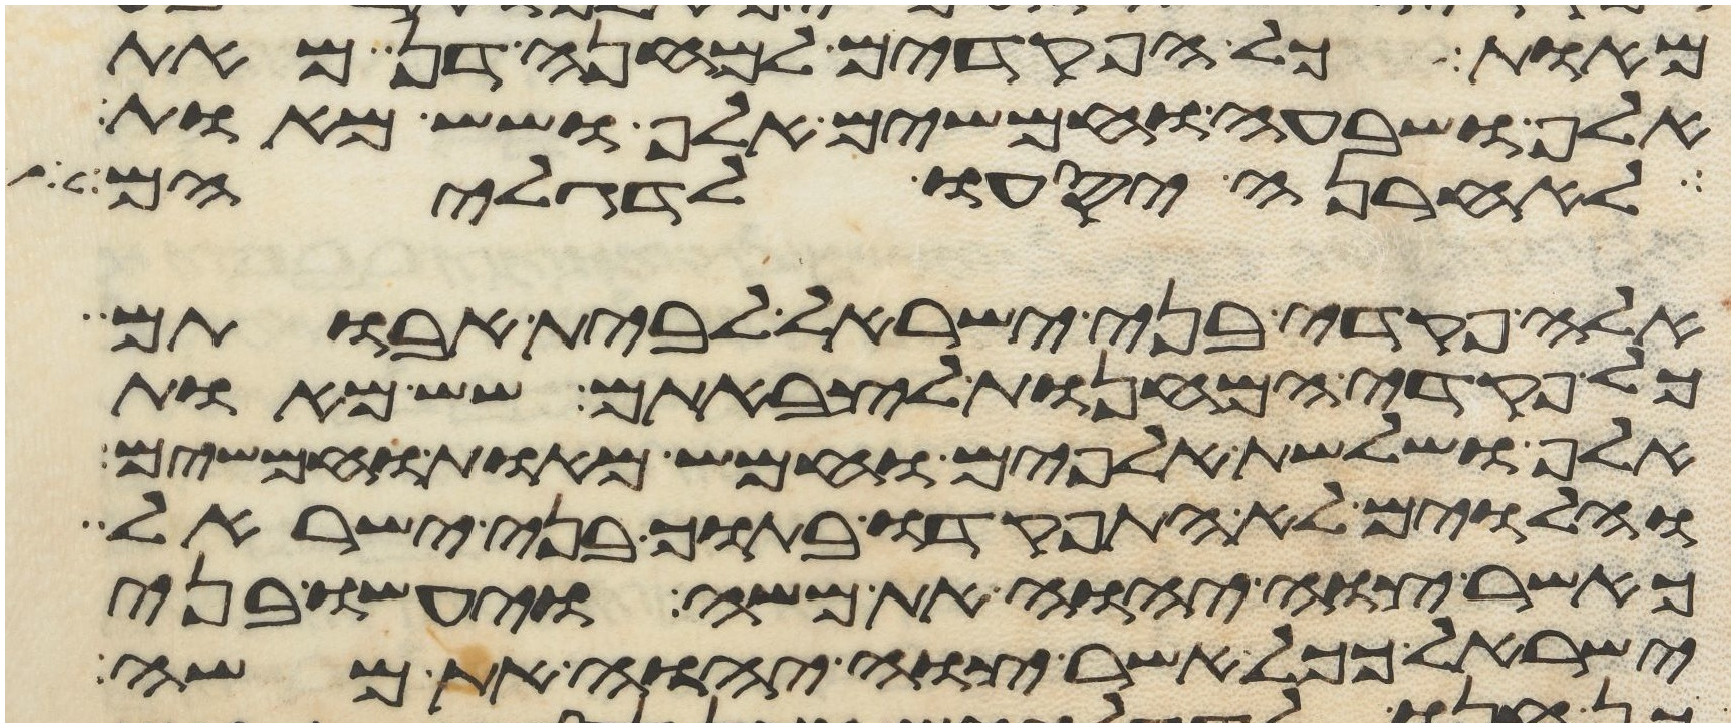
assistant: מאות כל הפקדים למחנה דן מאת
אלף ושבעה וחמשים אלף ושש מאות
לאחרנה יסעו לדגליהם
אלה פקדי בני ישראל לבית אבותם
כל פקדי המחנות לצבאתם שש מאות
אלף ושלשת אלפים וחמש מאות וחמשים
והלוים לא התפקדו בתוך בני ישראל
כאשר צוה יהוה את משה ויעשו בני
ישראל ככל אשר צוה יהוה את משה